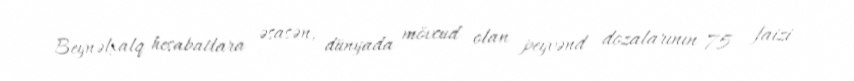
Beynəlxalq hesabatlara əsasən, dünyada mövcud olan peyvənd dozalarının 75 faizi